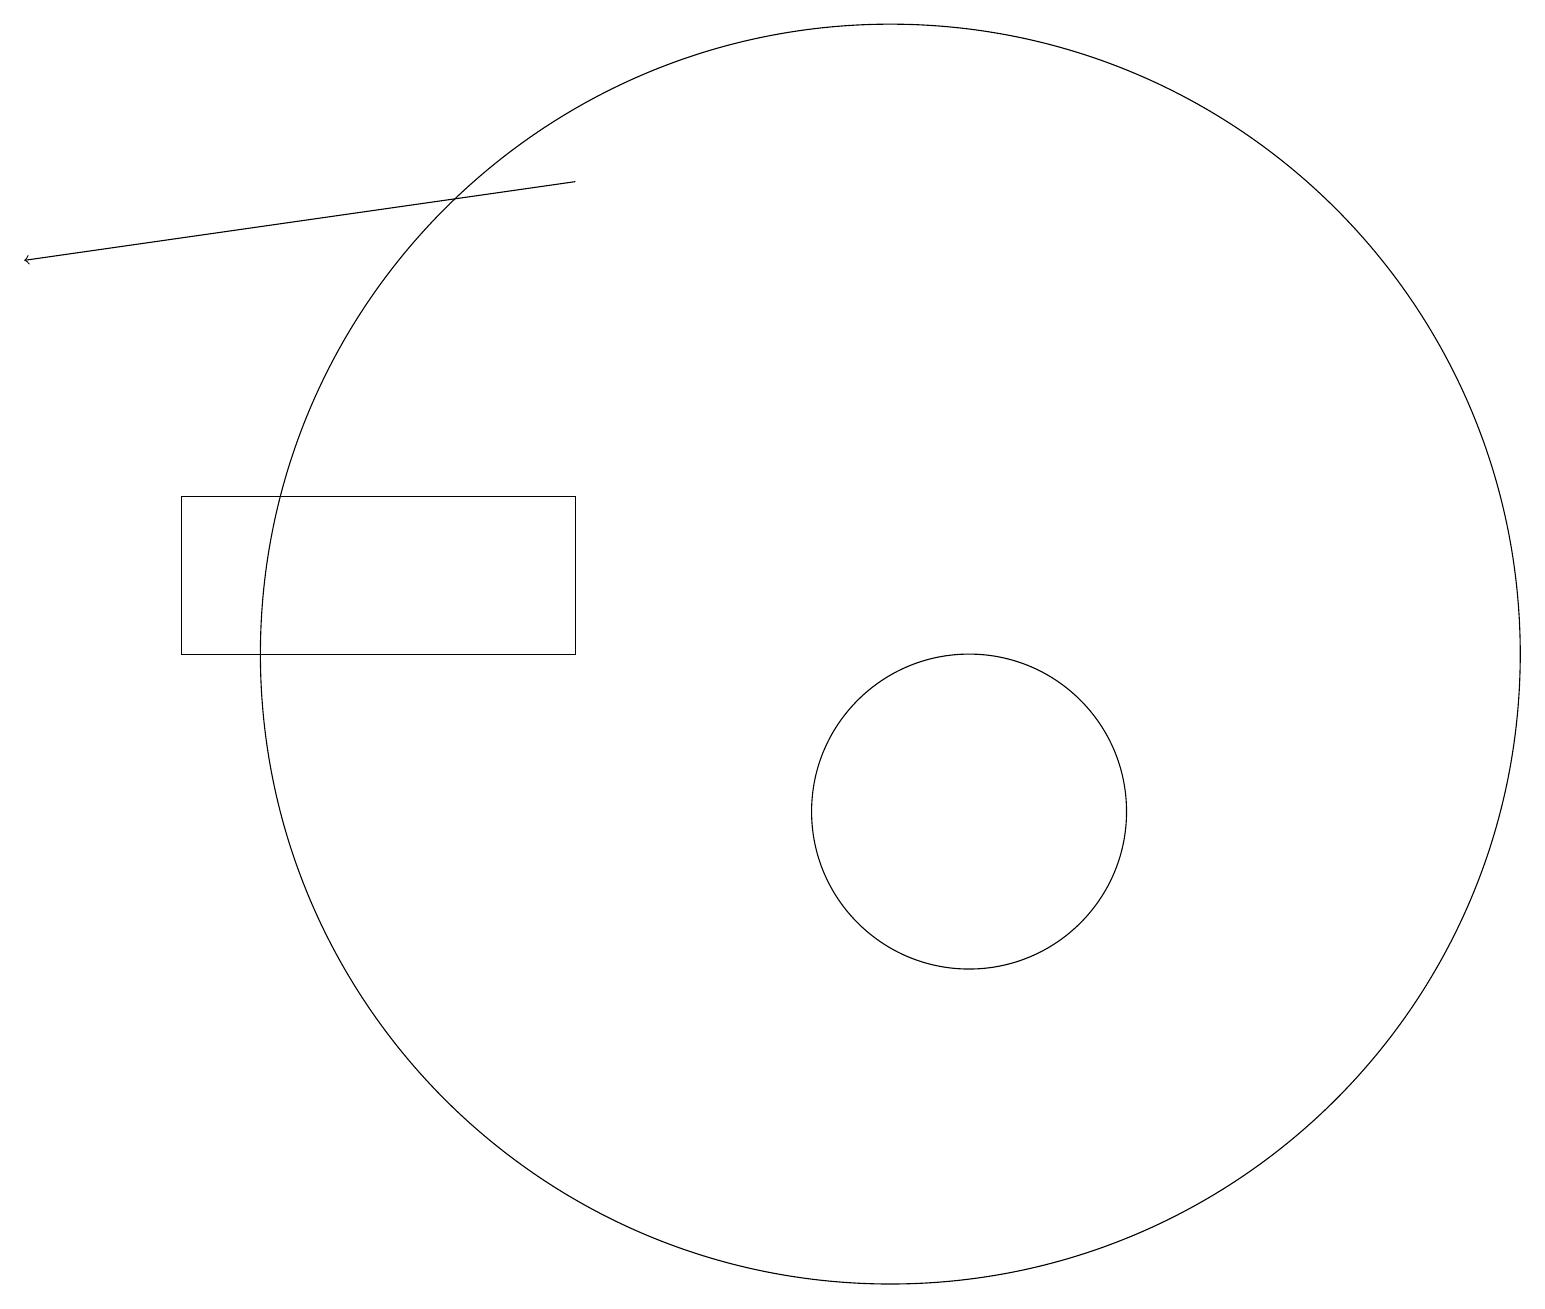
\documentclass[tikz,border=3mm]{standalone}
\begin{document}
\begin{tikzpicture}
\draw[->] (7,18) -- (0,17);
\draw (12,10) circle (2);
\draw (7,14) rectangle (2,12);
\draw (11,12) circle (8);
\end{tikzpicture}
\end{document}